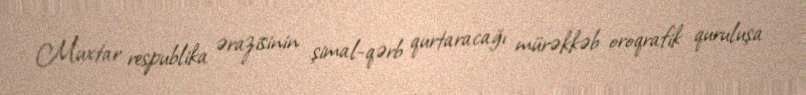
Muxtar respublika ərazisinin şimal-qərb qurtaracağı mürəkkəb oroqrafik quruluşa